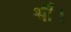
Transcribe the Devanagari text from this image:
थीँ।